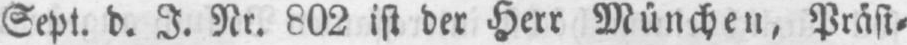
Sept. d. J. Nr. 802 ist der Herr München, Präsi⸗